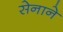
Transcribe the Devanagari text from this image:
सेनाने